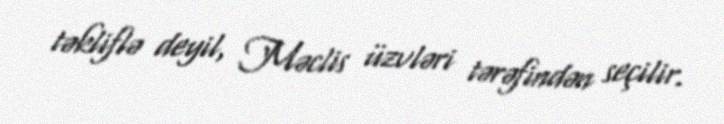
təkliflə deyil, Məclis üzvləri tərəfindən seçilir.